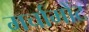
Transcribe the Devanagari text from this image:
मर्चामोंट